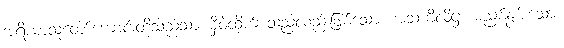
အရိယာသူတော်ကောင်းတို့သည်သာ မှီဝဲထိုက် သည်လည်းဖြစ်သော။ အသံကိလိဋ္ဌံ၊ မညစ်နွမ်းသော။